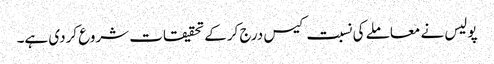
پولیس نے معاملے کی نسبت کیس درج کرکے تحقیقات شروع کردی ہے۔